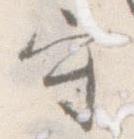
守